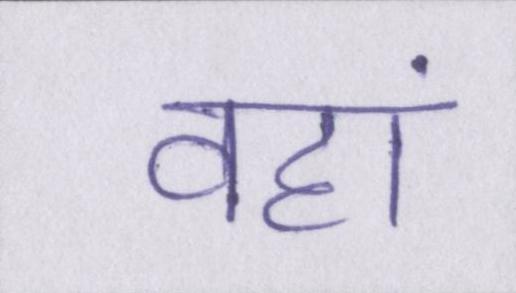
वहां